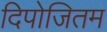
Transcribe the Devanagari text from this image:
दिपोजितम